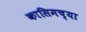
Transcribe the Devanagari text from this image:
कासिमच्या